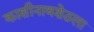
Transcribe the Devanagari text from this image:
काशीनाथशेठला